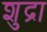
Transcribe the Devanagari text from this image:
शुद्रा